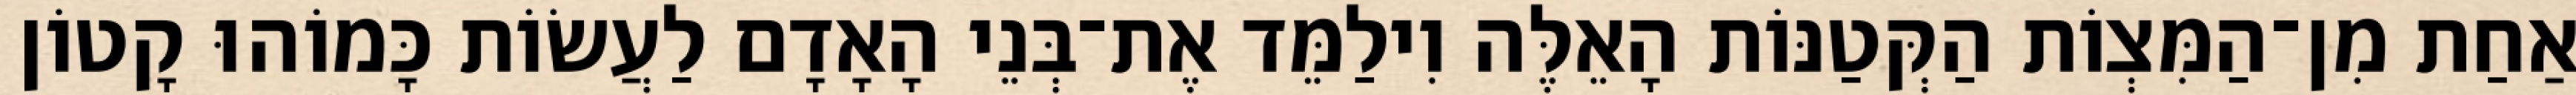
אַחַת מִן־הַמִּצְוֹת הַקְּטַנּוֹת הָאֵלֶּה וִילַמֵּד אֶת־בְּנֵי הָאָדָם לַעֲשׂוֹת כָּמוֹהוּ קָטוֹן